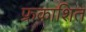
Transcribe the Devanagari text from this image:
फ्रकाशित